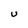
Character: U